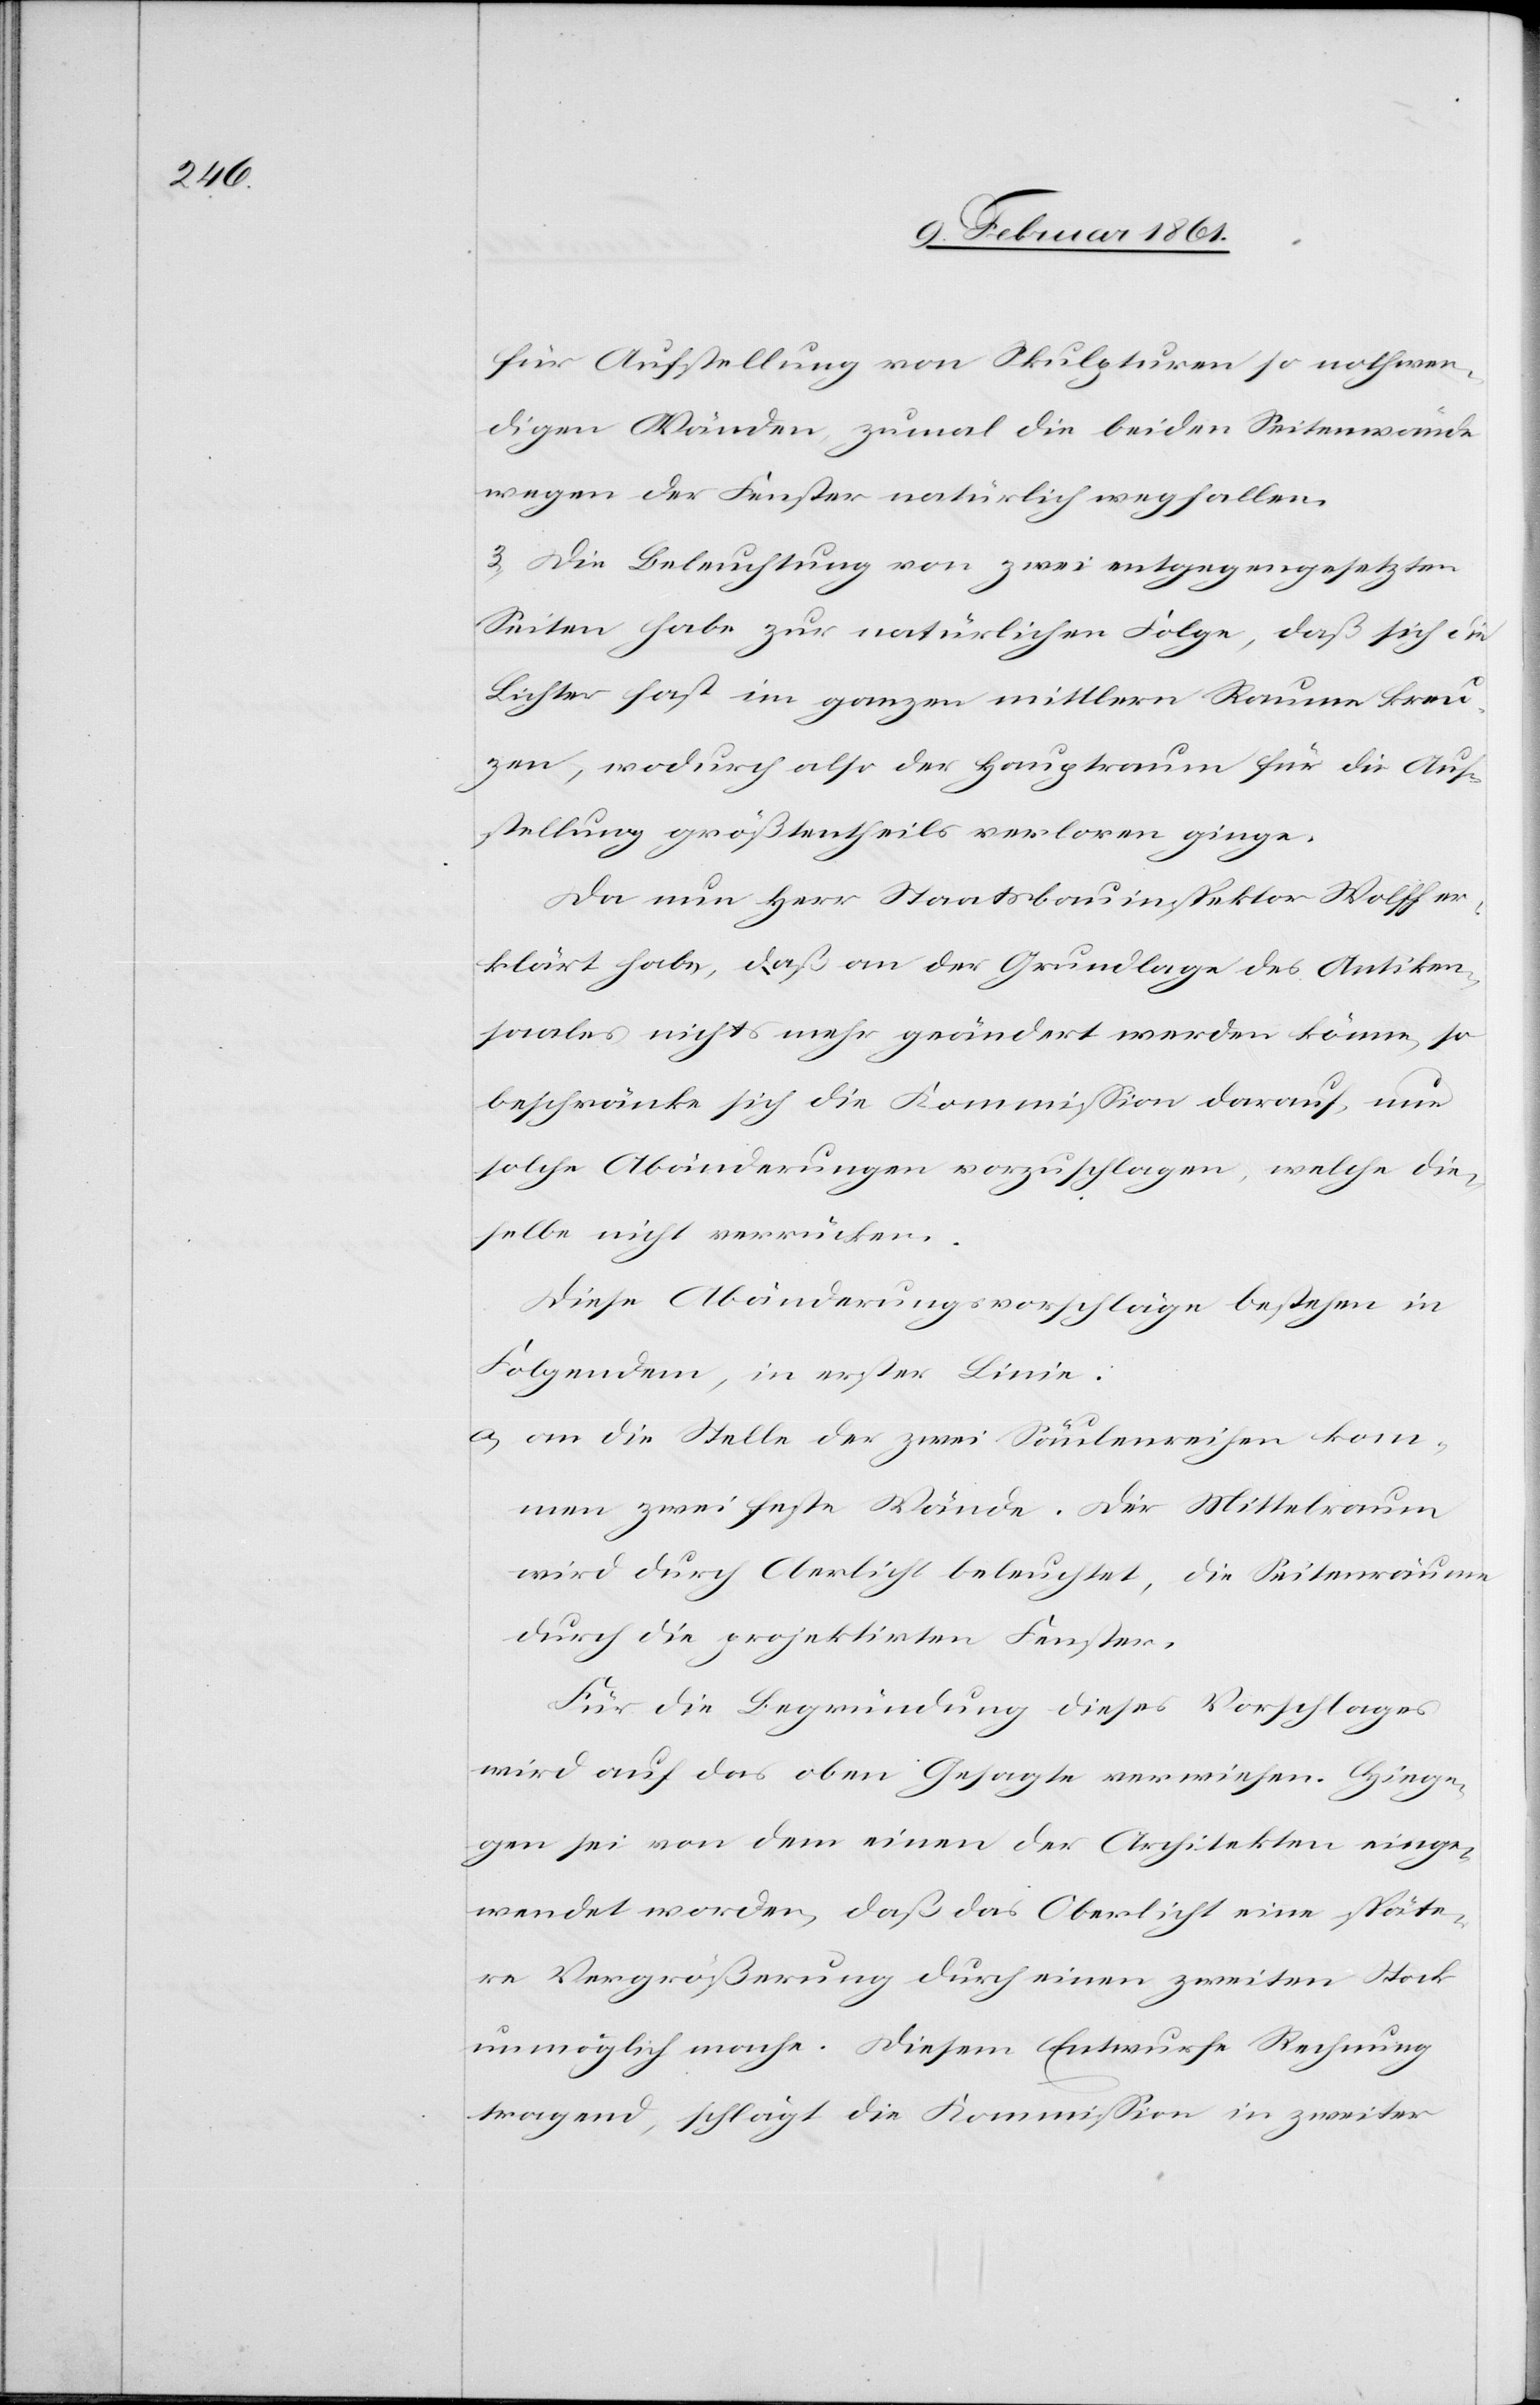
für Ausstellung von Skulpturen so nothwen¬
digen Wänden, zumal die beiden Seitenwände
wegen der Fenster natürlich wegfallen.
3) Die Beleuchtung von zwei entgegengesetzten
Seiten habe zur natürlichen Folge, daß sich die
Lichter fast im ganzen mittlern Raume kreu¬
zen, wodurch also der Hauptraum für die Aus¬
stellung größtentheils verloren ginge.
Da nun Herr Staatsbauinspektor Wolff er¬
klärt habe, daß an der Grundlage des Antiken¬
saales nichts mehr geändert werden könne, so
beschränke sich die Kommission darauf, nur
solche Abänderungen vorzuschlagen, welche die¬
selbe nicht verrücken.
Diese Abänderungsvorschläge bestehen in
Folgendem, in erster Linie:
a) an die Stelle der zwei Säulenreihen kom¬
men zwei feste Wände. Der Mittelraum
wird durch Oberlicht beleuchtet, die Seitenräume
durch die projektirten Fenster.
Für die Begründung dieses Vorschlages
wird auf das oben Gesagte verwiesen. Hinge¬
gen sei von dem einen der Architekten einge¬
wendet worden, daß das Oberlicht eine späte¬
re Vergrößerung durch einen zweiten Stock
unmöglich mache. Diesem Entwurfe Rechnung
tragend, schlägt die Kommission in zweiter